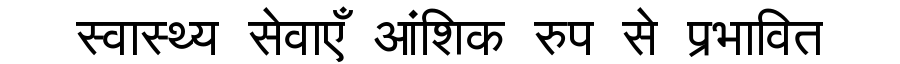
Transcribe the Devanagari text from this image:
स्वास्थ्य सेवाएँ आंशिक रुप से प्रभावित